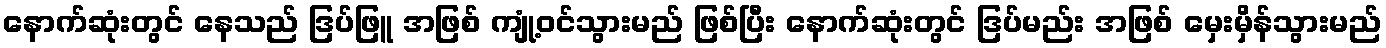
နောက်ဆုံးတွင် နေသည် ဒြပ်ဖြူ အဖြစ် ကျုံ့ဝင်သွားမည် ဖြစ်ပြီး နောက်ဆုံးတွင် ဒြပ်မည်း အဖြစ် မှေးမှိန်သွားမည်